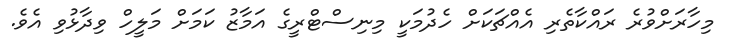
މިހާރަށްވުރެ ރައްކާތެރި އެއްޗަކަށް ހެދުމަކީ މިނިސްޓްރީގެ އަމާޒު ކަމަށް މަލީހް ވިދާޅުވި އެެވެ.